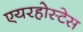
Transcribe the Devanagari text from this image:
एयरहोस्टेस